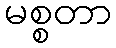
မစ္စတာ